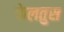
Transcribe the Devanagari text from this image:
फेलतुस